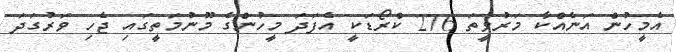
އެމީހުން އަނެއްކާ މަރުވީތަ 276 ކްރޯޑަކީ އެފަދަ މީހުންގެ މޫނުމަތީގައި ޖެހި ވަރުގަދަ